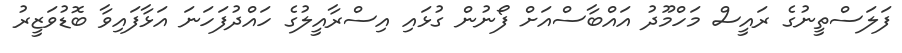
ފަލަސްތީނުގެ ރައީސް މަހްމޫދު އައްބާސްއަށް ފޯނުން ގުޅައި އިސްރާއީލުގެ ހައްދުފަހަނަ އަޅާފައިވާ ބޮޑުވަޒީރު